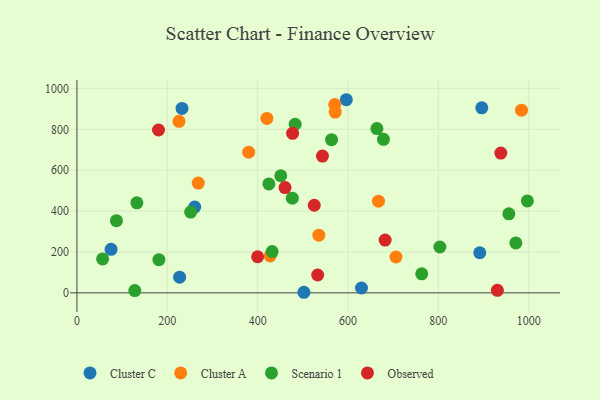
{"axis": {"x": "Experience", "y": "Demand"}, "legend": ["Cluster A", "Cluster C", "Observed", "Scenario 1"], "data": [{"x": "596.3", "y": 944.8, "type": "Cluster C"}, {"x": "629.9", "y": 23.8, "type": "Cluster C"}, {"x": "896.2", "y": 905.3, "type": "Cluster C"}, {"x": "502.4", "y": 2.8, "type": "Cluster C"}, {"x": "260.7", "y": 419.7, "type": "Cluster C"}, {"x": "75.6", "y": 213.0, "type": "Cluster C"}, {"x": "891.7", "y": 196.1, "type": "Cluster C"}, {"x": "232.6", "y": 902.2, "type": "Cluster C"}, {"x": "227.3", "y": 76.9, "type": "Cluster C"}, {"x": "984.1", "y": 893.6, "type": "Cluster A"}, {"x": "380.2", "y": 688.3, "type": "Cluster A"}, {"x": "570.7", "y": 920.9, "type": "Cluster A"}, {"x": "667.5", "y": 448.7, "type": "Cluster A"}, {"x": "225.9", "y": 839.0, "type": "Cluster A"}, {"x": "268.6", "y": 536.9, "type": "Cluster A"}, {"x": "571.7", "y": 884.4, "type": "Cluster A"}, {"x": "427.7", "y": 180.6, "type": "Cluster A"}, {"x": "706.2", "y": 175.4, "type": "Cluster A"}, {"x": "420.5", "y": 853.4, "type": "Cluster A"}, {"x": "535.5", "y": 282.1, "type": "Cluster A"}, {"x": "128.1", "y": 11.1, "type": "Scenario 1"}, {"x": "181.5", "y": 162.4, "type": "Scenario 1"}, {"x": "678.6", "y": 751.2, "type": "Scenario 1"}, {"x": "971.6", "y": 244.4, "type": "Scenario 1"}, {"x": "476.8", "y": 463.1, "type": "Scenario 1"}, {"x": "763.2", "y": 92.9, "type": "Scenario 1"}, {"x": "956.1", "y": 386.7, "type": "Scenario 1"}, {"x": "424.9", "y": 533.0, "type": "Scenario 1"}, {"x": "56.9", "y": 165.9, "type": "Scenario 1"}, {"x": "997.1", "y": 449.5, "type": "Scenario 1"}, {"x": "803.4", "y": 224.3, "type": "Scenario 1"}, {"x": "451.2", "y": 572.9, "type": "Scenario 1"}, {"x": "132.7", "y": 440.5, "type": "Scenario 1"}, {"x": "563.6", "y": 749.3, "type": "Scenario 1"}, {"x": "87.5", "y": 352.9, "type": "Scenario 1"}, {"x": "251.8", "y": 395.1, "type": "Scenario 1"}, {"x": "432.1", "y": 201.7, "type": "Scenario 1"}, {"x": "483.1", "y": 824.7, "type": "Scenario 1"}, {"x": "664.0", "y": 803.8, "type": "Scenario 1"}, {"x": "930.7", "y": 12.1, "type": "Observed"}, {"x": "180.6", "y": 796.6, "type": "Observed"}, {"x": "525.3", "y": 428.6, "type": "Observed"}, {"x": "460.7", "y": 515.1, "type": "Observed"}, {"x": "682.2", "y": 258.4, "type": "Observed"}, {"x": "532.9", "y": 87.2, "type": "Observed"}, {"x": "477.4", "y": 780.5, "type": "Observed"}, {"x": "543.5", "y": 669.1, "type": "Observed"}, {"x": "938.3", "y": 683.6, "type": "Observed"}, {"x": "400.0", "y": 176.5, "type": "Observed"}]}